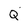
Character: Q